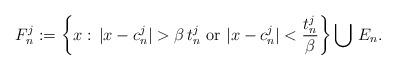
LaTeX: \begin{align*}F^j_n:=\left\{x:\,|x-c^j_n|>\beta\,t^j_n\,\,{\rm or}\,\,|x-c^j_n|<\frac{t^j_n}{\beta}\right\}\bigcup\,E_n.\end{align*}